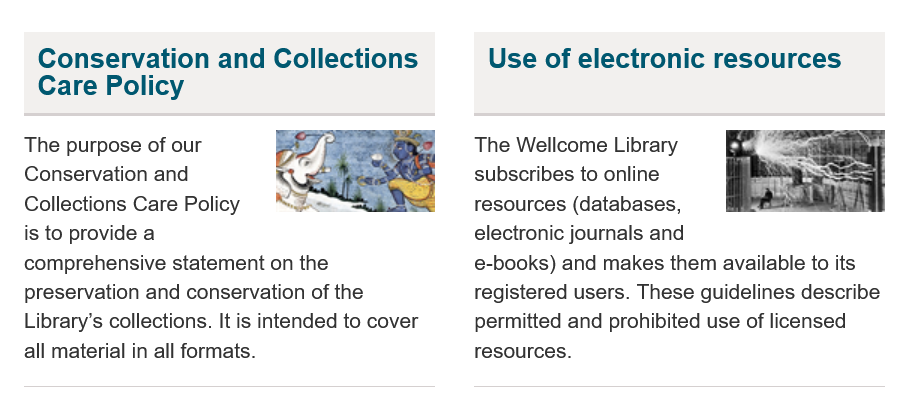
Conservation    and  Collections
    Care   Policy
   The purpose of our
   Conservation and
   Collections Care Policy
   is to provide a
   comprehensive  statement on the
   preservation and conservation of the
   Library's collections. It is intended to cover
   all material in all formats.
     Use of   electronic    resources
     The Wellcome Library
     subscribes to online
     resources (databases,
     electronic journals and
     e-books) and makes them  available to its
     registered users. These guidelines describe
     permitted and prohibited use of licensed
     resources.